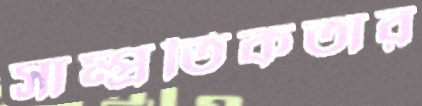
সাম্প্রতিকতার